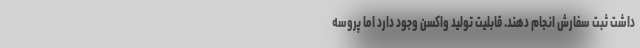
داشت ثبت سفارش انجام دهند. قابلیت تولید واکسن وجود دارد اما پروسه